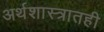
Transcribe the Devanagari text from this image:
अर्थशास्त्रातही